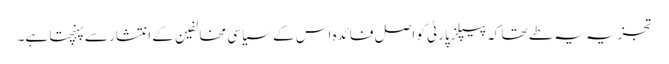
تجزیہ یہ طے تھا کہ پیپلزپارٹی کو اصل فائدہ اس کے سیاسی مخالفین کے انتشار سے پہنچتا ہے۔